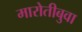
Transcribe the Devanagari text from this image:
मारोतीबुवा